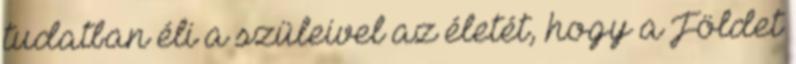
tudatban éli a szüleivel az életét, hogy a Földet